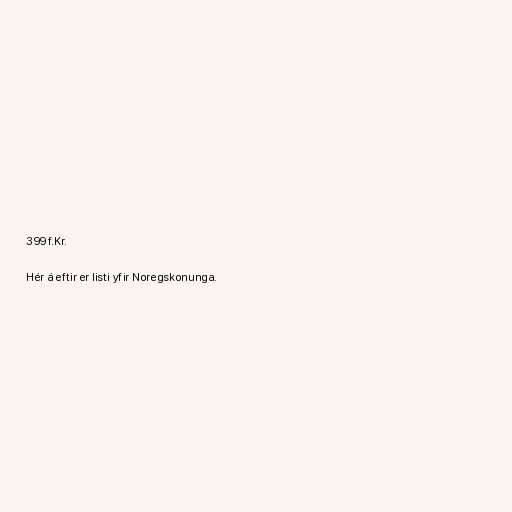
399 f.Kr.

Hér á eftir er listi yfir Noregskonunga.